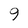
Character: 9